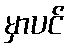
မှာပင်